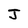
Character: J